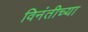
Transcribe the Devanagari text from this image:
विनंतीच्या